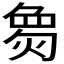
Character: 𪹌